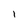
Character: I